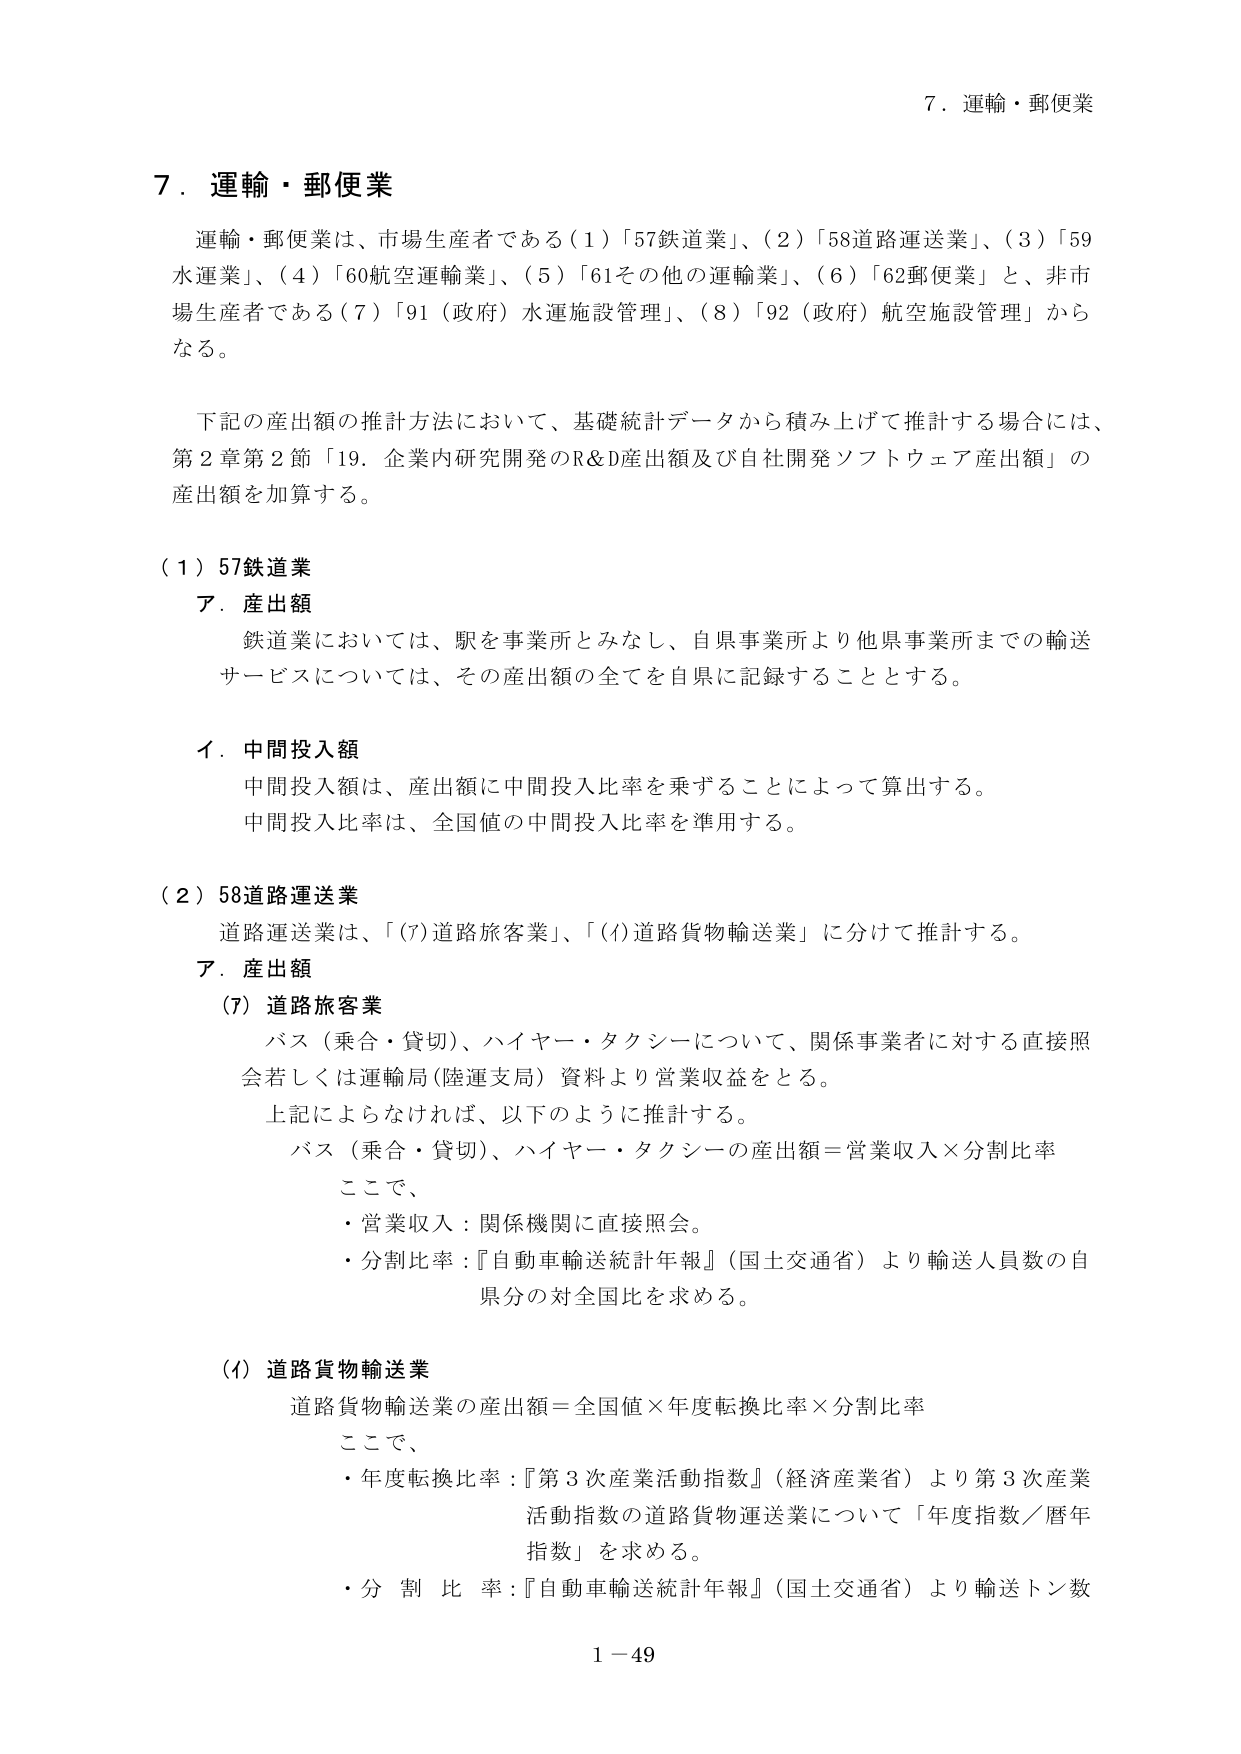
7．運輸・郵便業

運輸・郵便業は、市場生産者である（1）「57鉄道業」、（2）「58道路運送業」、（3）「59水運業」、（4）「60航空運輸業」、（5）「61その他の運輸業」、（6）「62郵便業」と、非市場生産者である（7）「91（政府）水運施設管理」、（8）「92（政府）航空施設管理」からなる。

下記の産出額の推計方法において、基礎統計データから積み上げて推計する場合には、第2章第2節「19．企業内研究開発のR&D産出額及び自社開発ソフトウェア産出額」の産出額を加算する。

（1）57鉄道業
ア．産出額
鉄道業においては、駅を事業所とみなし、自県事業所より他県事業所までの輸送サービスについては、その産出額の全てを自県に記録することとする。

イ．中間投入額
中間投入額は、産出額に中間投入比率を乗ずることによって算出する。
中間投入比率は、全国値の中間投入比率を準用する。

（2）58道路運送業
道路運送業は、「(7)道路旅客業」、「(4)道路貨物輸送業」に分けて推計する。

ア．産出額
(7) 道路旅客業
バス（乗合・貸切）、ハイヤー・タクシーについて、関係事業者に対する直接照会若しくは運輸局（陸運支局）資料より営業収益をとる。
上記によらなければ、以下のように推計する。
バス（乗合・貸切）、ハイヤー・タクシーの産出額＝営業収入×分割比率
ここで、
・営業収入：関係機関に直接照会。
・分割比率：『自動車輸送統計年報』（国土交通省）より輸送人員数の自県分の対全国比を求める。

(4) 道路貨物輸送業
道路貨物輸送業の産出額＝全国値×年度転換比率×分割比率
ここで、
・年度転換比率：『第3次産業活動指数』（経済産業省）より第3次産業活動指数の道路貨物運送業について「年度指数／暦年指数」を求める。
・分割比率：『自動車輸送統計年報』（国土交通省）より輸送トン数

1－49